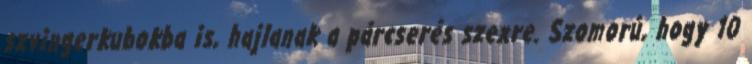
szvingerkubokba is, hajlanak a párcserés szexre. Szomorú, hogy 10